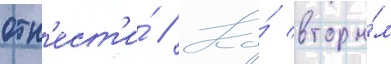
отн'ест'и́ // Ко́ вторы́м